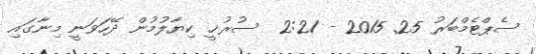
ސެޕްޓެމްބަރު 25